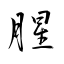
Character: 腥